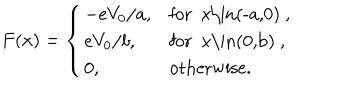
F ( x ) = \left\{ \begin{array} { l l } { { - { e V _ { 0 } / a } , } } & { { \mathrm { f o r ~ x \in ( - a , 0 ) ~ } , } } \\ { { { e V _ { 0 } / b } , } } & { { \mathrm { f o r ~ x \in ( 0 , b ) ~ } , } } \\ { { 0 , } } & { { \mathrm { o t h e r w i s e } . } } \\ \end{array} \right.